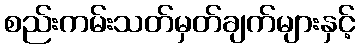
စည်းကမ်းသတ်မှတ်ချက်များနှင့်